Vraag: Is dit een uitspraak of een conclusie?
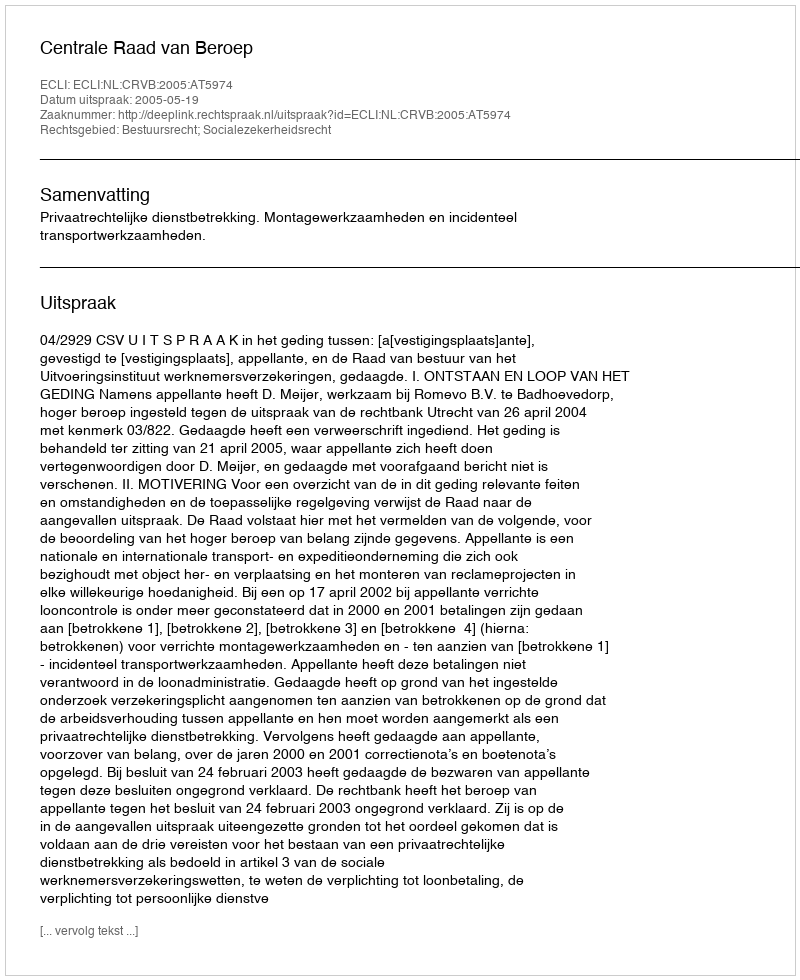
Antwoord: Uitspraak